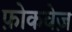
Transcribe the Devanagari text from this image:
फ़ोकवेज़